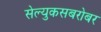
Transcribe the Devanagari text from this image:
सेल्युकसबरोबर